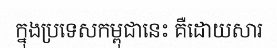
ក្នុងប្រទេសកម្ពុជានេះ គឺដោយសារ